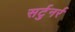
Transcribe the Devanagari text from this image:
सर्टुनर्र